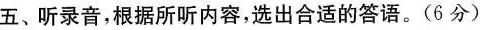
五、听录音,根据所听内容,选出合适的答语。(6分)